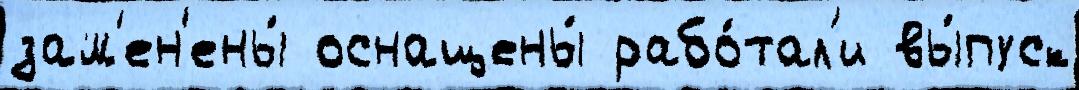
зам'ен'ены́ оснащены́ рабо́тал'и вы́пуск